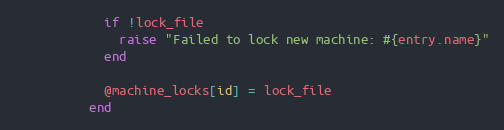
Language: Ruby
            if !lock_file
              raise "Failed to lock new machine: #{entry.name}"
            end

            @machine_locks[id] = lock_file
          end